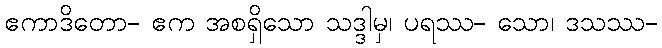
ဧကာဒိတော- ဧက အစရှိသော သဒ္ဒါမှ၊ ပရဿ- သော၊ ဒသဿ-